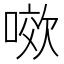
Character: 𭉯